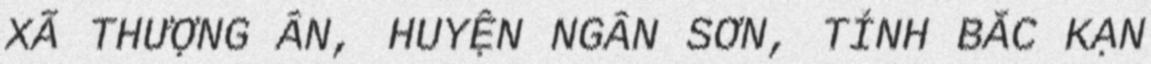
XÃ THƯỢNG ÂN, HUYỆN NGÂN SƠN, TỈNH BẮC KẠN